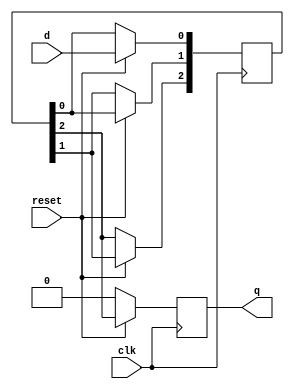
module shift_reg_siso
#(parameter W=4)
(input clk,
input reset,
input d,
output  reg q
);

reg [W-2:0] temp; 
always @(posedge clk)begin
if(!reset )begin
		q<=0;
	end
else begin
	temp[0]<=d;
	temp[1]<=temp[0];
	temp[2]<=temp[1];
	q<=temp[2];
end
end

endmodule